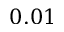
0 . 0 1